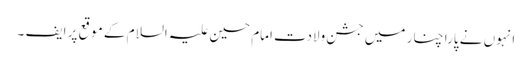
انہوں نے پارا چنار میں جشن ولادت امام حسین علیہ السلام کے موقع پر ایف ۔